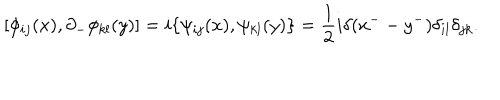
[ \phi _ { i j } ( x ) , \partial _ { - } \phi _ { k l } ( y ) ] = i \{ \psi _ { i j } ( x ) , \psi _ { k l } ( y ) \} = \frac { 1 } { 2 } i \delta ( x ^ { - } - y ^ { - } ) \delta _ { i l } \delta _ { j k } .